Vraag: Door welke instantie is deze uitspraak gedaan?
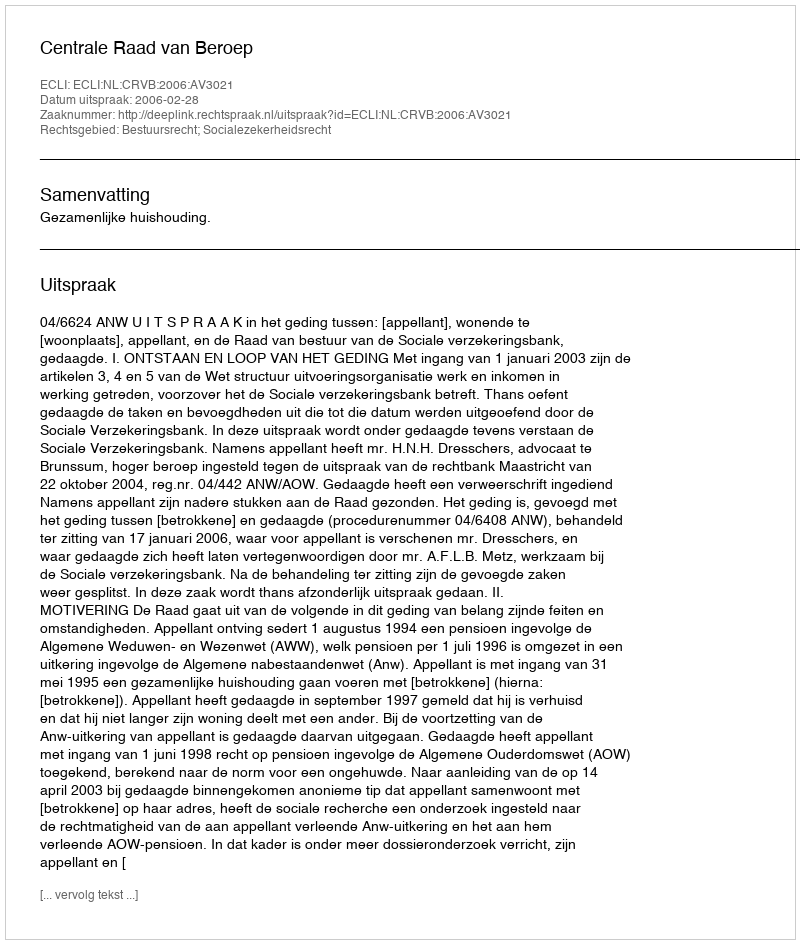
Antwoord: Centrale Raad van Beroep